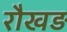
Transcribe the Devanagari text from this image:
रौखड़